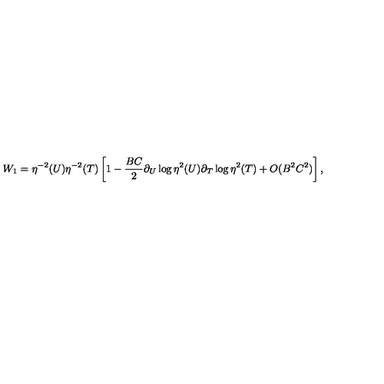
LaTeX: W _ { 1 } = \eta ^ { - 2 } ( U ) \eta ^ { - 2 } ( T ) \left[ 1 - \frac { B C } { 2 } \partial _ { U } \log \eta ^ { 2 } ( U ) \partial _ { T } \log \eta ^ { 2 } ( T ) + O ( B ^ { 2 } C ^ { 2 } ) \right] ,